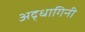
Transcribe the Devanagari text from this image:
अद्र्धागिनी